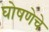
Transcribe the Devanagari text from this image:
घोषणेचे